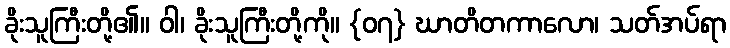
ခိုးသူကြီးတို့၏။ ဝါ၊ ခိုးသူကြီးတို့ကို။ {၀၇} ဃာတိတကာလော၊ သတ်အပ်ရာ